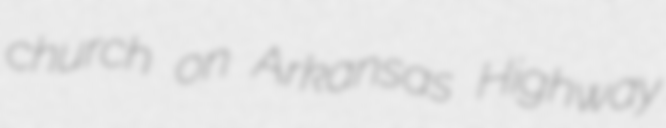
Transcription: church on Arkansas Highway